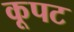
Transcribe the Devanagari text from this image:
कूपट